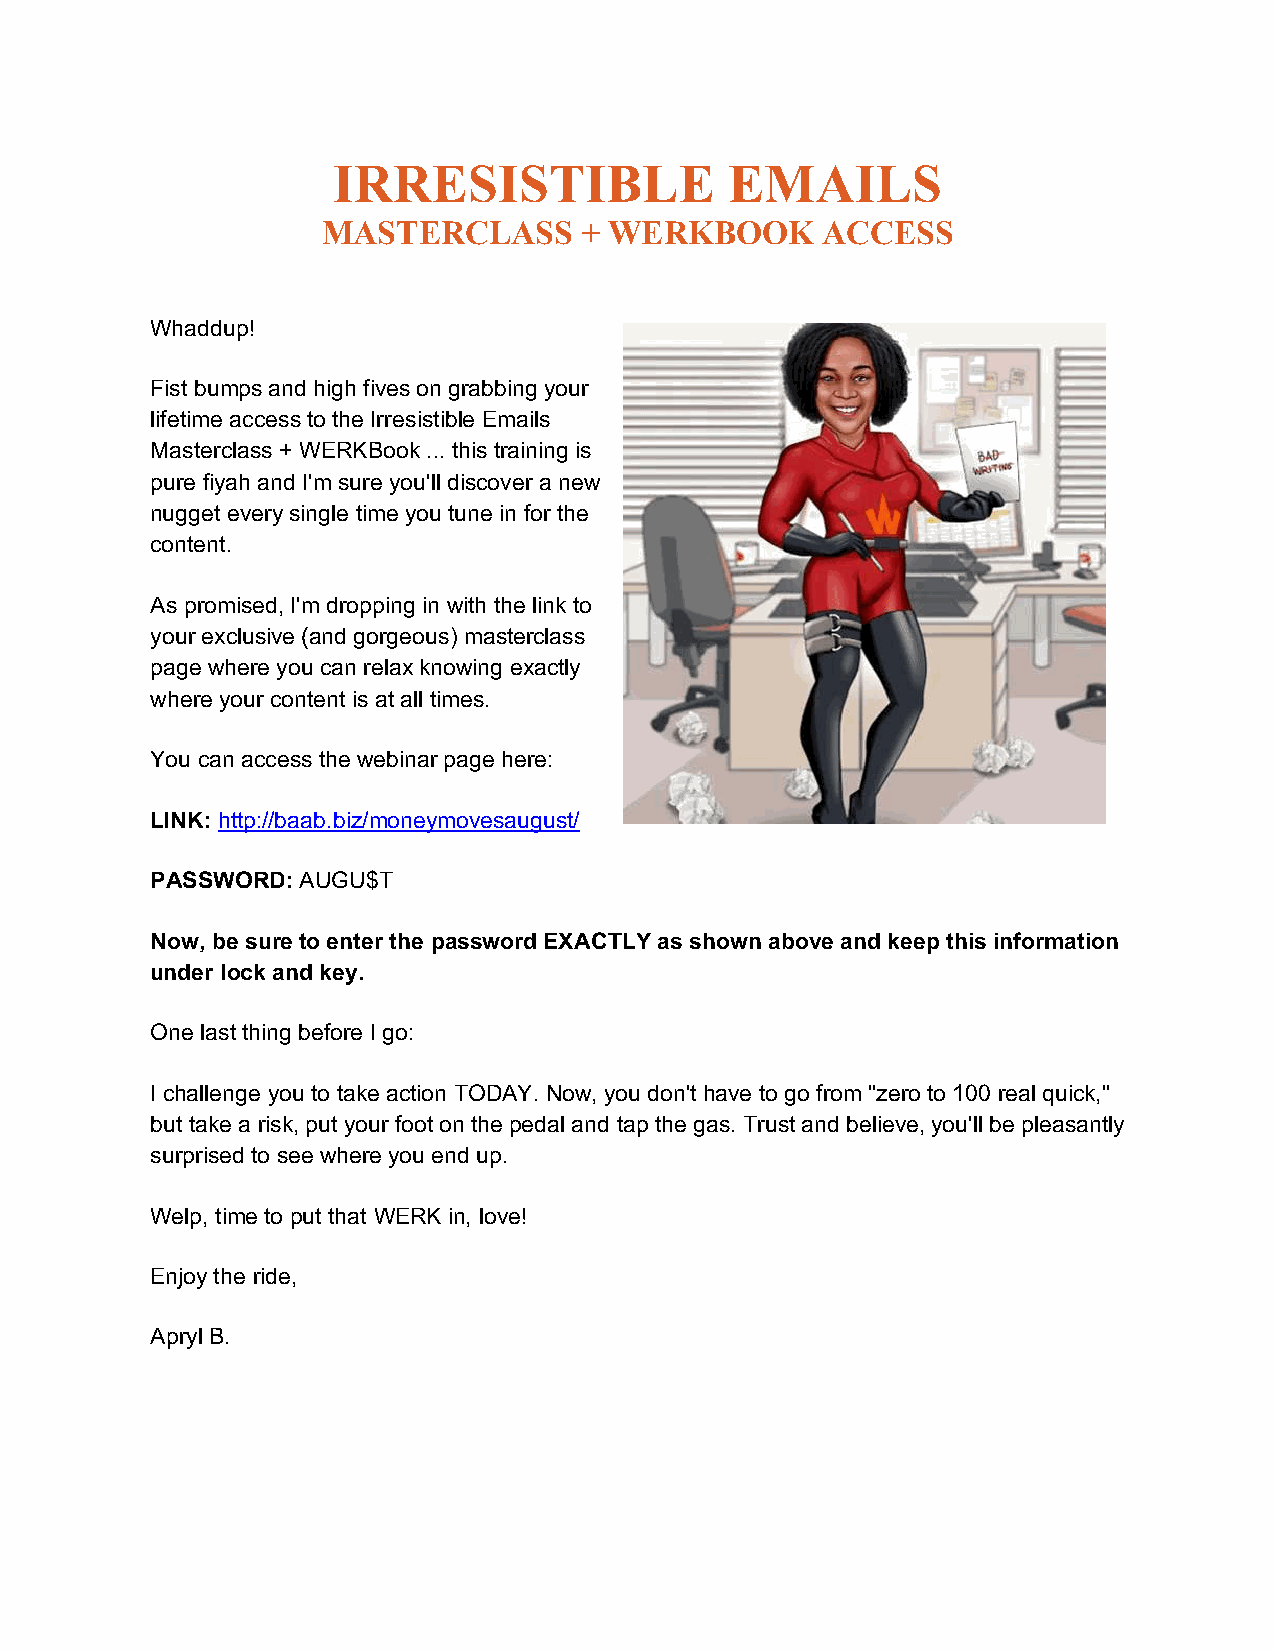
IRRESISTIBLE              EMAILS
 MASTERCLASS      + WERKBOOK      ACCESS
 Whaddup!
 Fist bumps and high fives on grabbing your
 lifetime access to the Irresistible Emails
 Masterclass + WERKBook ... this training is
 pure fiyah and I'm sure you'll discover a new
 nugget every single time you tune in for the
 content.
 As promised, I'm dropping in with the link to
 your exclusive (and gorgeous) masterclass
 page where you can relax knowing exactly
 where your content is at all times.
 You can access the webinar page here:
 LINK: http://baab.biz/moneymovesaugust/
 PASSWORD: AUGU$T
 Now, be sure to enter the password EXACTLY as shown above and keep this information
 under lock and key.
 One last thing before I go:
 I challenge you to take action TODAY. Now, you don't have to go from "zero to 100 real quick,"
 but take a risk, put your foot on the pedal and tap the gas. Trust and believe, you'll be pleasantly
 surprised to see where you end up.
 Welp, time to put that WERK in, love!
 Enjoy the ride,
 Apryl B.